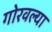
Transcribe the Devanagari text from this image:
गोरवल्या